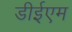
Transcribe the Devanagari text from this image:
डीईएम